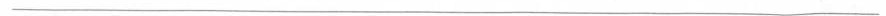
___